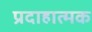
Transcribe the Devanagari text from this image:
प्रदाहात्मक